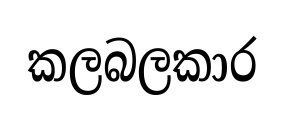
කලබලකාර